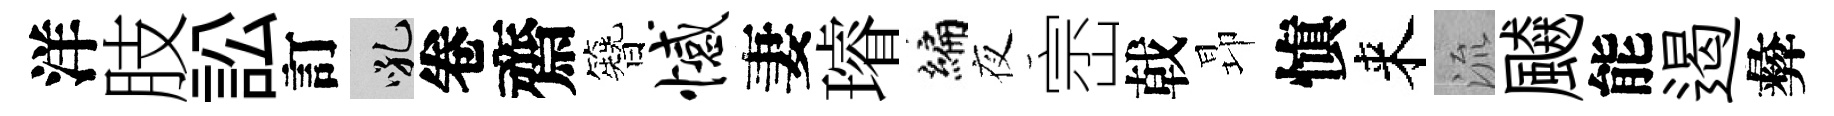
洋肢訟訂吼卷齋簪憾妻璿编夜崈戟昻愼来流飇能遏彜